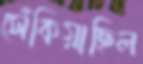
সেঁকিয়াছিল